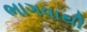
ભાગવાથી